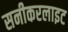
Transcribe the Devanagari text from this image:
सनीकरलाइट